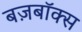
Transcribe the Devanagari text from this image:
बज़बॉक्स